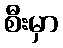
စီးမှာ